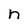
Character: n